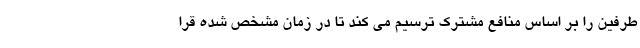
طرفین را بر اساس منافع مشترک ترسیم می کند تا در زمان مشخص شده قرا